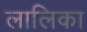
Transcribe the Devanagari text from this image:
लालिका